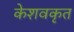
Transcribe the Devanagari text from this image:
केशवकृत